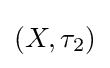
\left(X,\tau _{2}\right)